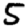
Digit: 5